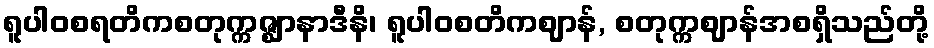
ရူပါဝစရတိကစတုက္ကဇ္ဈာနာဒီနိ၊ ရူပါဝစတိကဈာန်, စတုက္ကဈာန်အစရှိသည်တို့